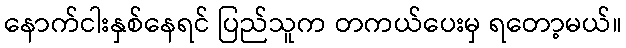
နောက်ငါးနှစ်နေရင် ပြည်သူက တကယ်ပေးမှ ရတော့မယ်။